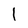
Character: 1